Vaccination in the Punjab 1905-1918 - 1905-1918
Year: 1905
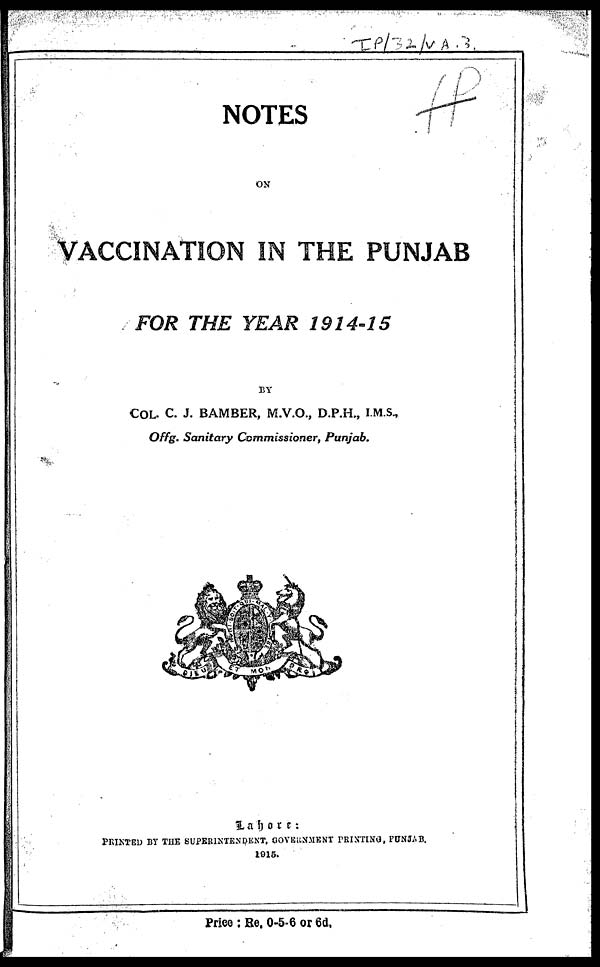
NOTES
ON
VACCINATION IN THE PUNJAB
FOR THE YEAR 1914-15
BY
COL. C. J. BAMBER, M.V.O., D.P.H., I.M.S.,
Offg. Sanitary Commissioner,
Punjab.
Lahore:
PRINTED BY THE SUPERINTENDENT, GOVERNMENT PRINTING, PUNJAB.
1915.
Price : Re. 0-5-6 or 6d.